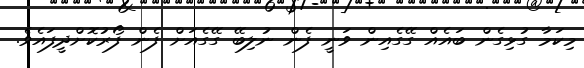
މިކަމާ ގުޅިގެން ބައެއް ގޭގެއިން ވަނީ ފެން ނުލިބޭ ގޭގެއަށް ފެން ފޯރުކޮށްދީފައެވެ.